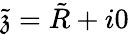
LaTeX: \tilde{\mathfrak{z}}=\tilde{R}+i0